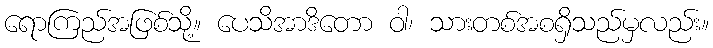
ရောကြည်အဖြစ်သို့။ ပေသိအာဒိတော ဝါ၊ သားတစ်အစရှိသည်မှလည်း။